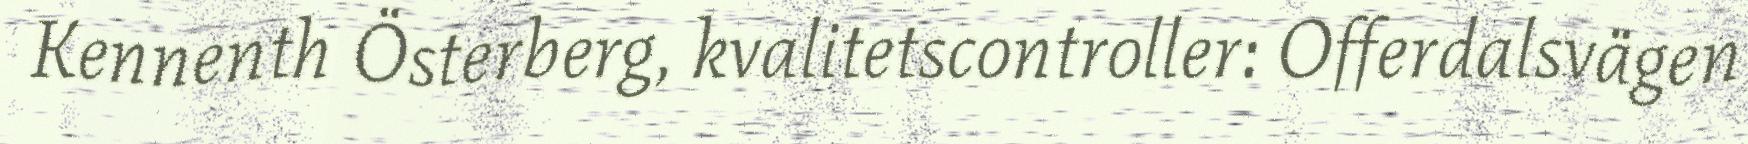
Kennenth Österberg, kvalitetscontroller: Offerdalsvägen